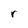
Character: r